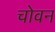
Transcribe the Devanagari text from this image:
चोवन